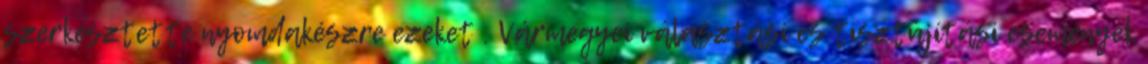
szerkesztette nyomdakészre ezeket . Vármegyei választási és tisztújítási események